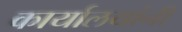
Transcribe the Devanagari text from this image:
कार्यालयांनी